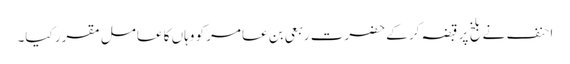
احنف نے بلخ پر قبضہ کر کے حضرت ربعی بن عامر کو وہاں کا عامل مقرر کیا۔